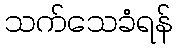
သက်သေခံရန်